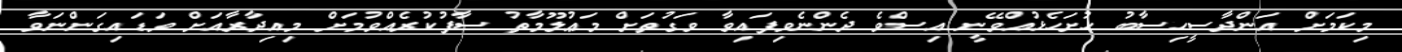
މިކަމަށް އަންދާސީހިސާބު ހުށަހެޅުއްވޭނީ އިސްވެ ދެންނެވިފައިވާ ވަގުތަށް މަޢުލޫމާތު ސާފުކުރެއްވުމަށް މިއިދާރާއަށް ވަޑައިގަންނަވާ